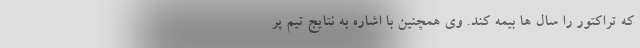
که تراکتور را سال ها بیمه کند. وی همچنین با اشاره به نتایج تیم پر